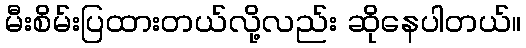
မီးစိမ်းပြထားတယ်လို့လည်း ဆိုနေပါတယ်။